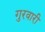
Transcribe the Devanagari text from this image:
गुरवारी